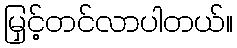
မြှင့်တင်လာပါတယ်။